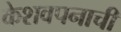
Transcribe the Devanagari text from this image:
केशवपनाची